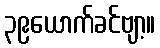
၃၉ယောက်ခင်ဗျာ့။